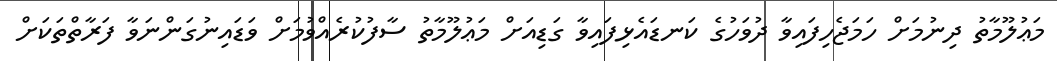
މަޢުލޫމާތު ދިނުމަށް ހަމަޖެހިފައިވާ ދުވަހުގެ ކަނޑައެޅިފައިވާ ގަޑިއަށް މަޢުލޫމާތު ސާފުކުރެއްވުމަށް ވަޑައިނުގަންނަވާ ފަރާތްތަކަށް